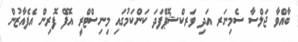
ބާއްވާ ޖަލްސާ ސެމިނަރ އަދި ވަރކްޝޮޕްފަދަ ކަންކަމުގައި މިނިސްޓްރީ އޮފް ފޮރިން އެފެއާޒުން